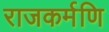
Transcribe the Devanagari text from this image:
राजकर्मणि